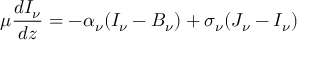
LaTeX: \mu { \frac { d I _ { \nu } } { d z } } = - \alpha _ { \nu } ( I _ { \nu } - B _ { \nu } ) + \sigma _ { \nu } ( J _ { \nu } - I _ { \nu } )